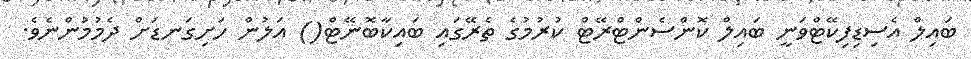
ބައިލް އެސިޑިފިކޭޓްވަނީ ބައިލް ކޮންސެންޓްރޭޓް ކުރުމުގެ ތެރޭގައި ބައިކާބޮނޭޓް() އަލުން ހަށިގަނޑަށް ދެމުމުންނެވެ.